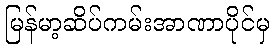
မြန်မာ့ဆိပ်ကမ်းအာဏာပိုင်မှ